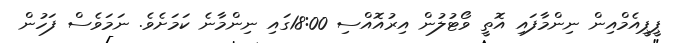
ޕީޕީއެމްއިން ނިންމާފައި އޮތީ ވޯޓުލުން އިރުއޮއްސި 18:00ގައި ނިންމާނެ ކަމަށެވެ. ނަމަވެސް ފަހުން